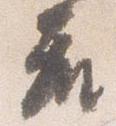
座